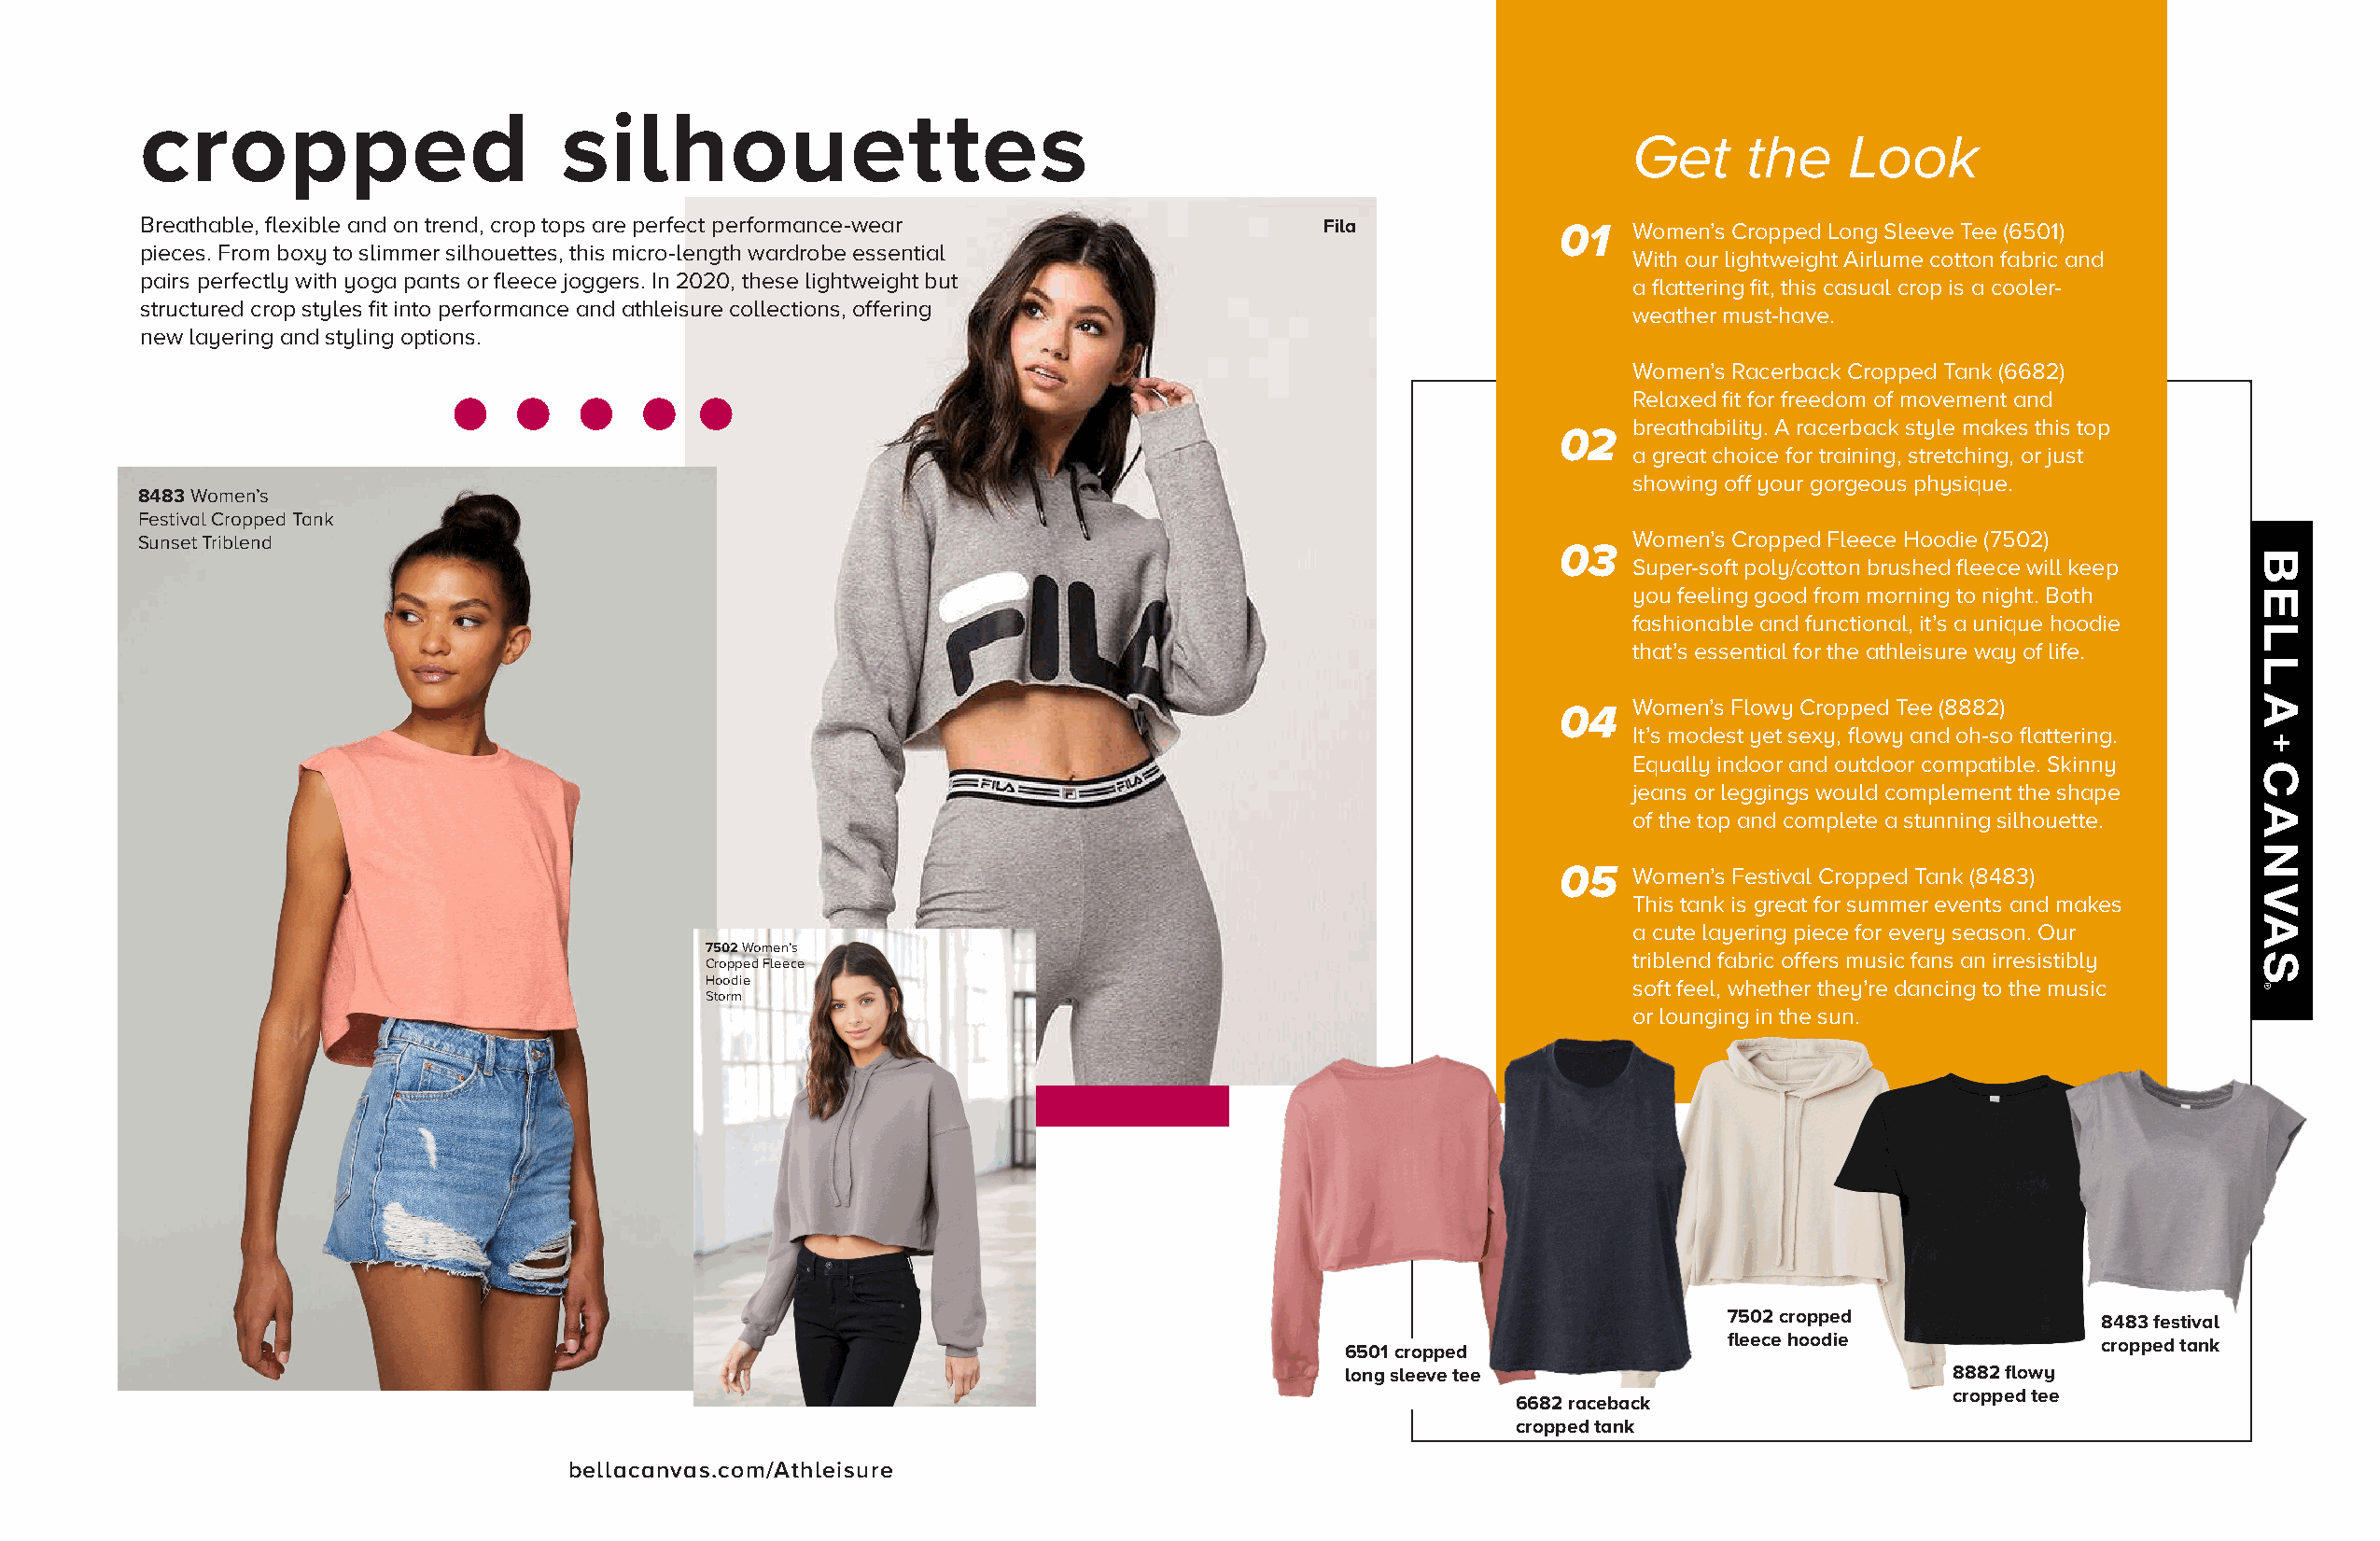
cropped                       silhouettes
 Get     the    Look
 Breathable, flexible and on trend, crop tops are perfect performance-wear           Fila             01   Women’s Cropped Long Sleeve Tee (6501)
 pieces. From boxy to slimmer silhouettes, this micro-length wardrobe essential
 With our lightweight Airlume cotton fabric and
 pairs perfectly with yoga pants or fleece joggers. In 2020, these lightweight but
 a flattering fit, this casual crop is a cooler-
 structured crop styles fit into performance and athleisure collections, offering
 weather must-have.
 new layering and styling options.
 Women’s Racerback Cropped Tank (6682)
 Relaxed fit for freedom of movement and
 breathability. A racerback style makes this top
 02
 a great choice for training, stretching, or just
 showing off your gorgeous physique.
 8483 Women’s
 Festival Cropped Tank
 Sunset Triblend                                                                                      03   Women’s Cropped Fleece Hoodie (7502)
 Super-soft poly/cotton brushed fleece will keep
 you feeling good from morning to night. Both
 fashionable and functional, it’s a unique hoodie
 that’s essential for the athleisure way of life.
 04   Women’s Flowy Cropped Tee (8882)
 It’s modest yet sexy, flowy and oh-so flattering.
 Equally indoor and outdoor compatible. Skinny
 jeans or leggings would complement the shape
 of the top and complete a stunning silhouette.
 05   Women’s Festival Cropped Tank (8483)
 This tank is great for summer events and makes
 a cute layering piece for every season. Our
 7502 Women’s
 triblend fabric offers music fans an irresistibly
 Cropped Fleece
 Hoodie                                                            soft feel, whether they’re dancing to the music
 Storm
 or lounging in the sun.
 7502 cropped
 8483 festival
 fleece hoodie
 cropped tank
 6501 cropped
 long sleeve tee                             8882 flowy
 cropped tee
 6682 raceback
 cropped tank
 bellacanvas.com/Athleisure